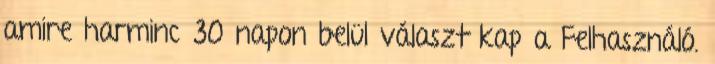
amire harminc 30 napon belül választ kap a Felhasználó.